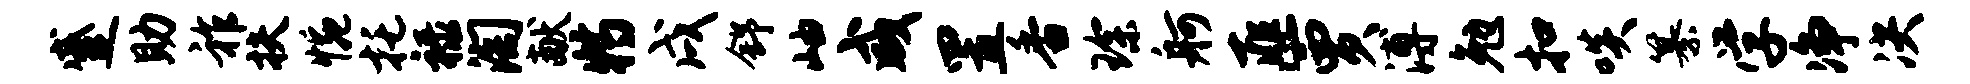
蹙助祚扶惋托禄淘献特戌舒岫咸置香琛舸匪贾溥勉扣啖纂学净决